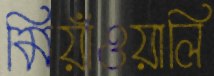
মিয়াঁওয়ালি